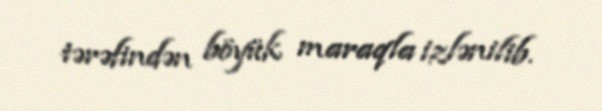
tərəfindən böyük maraqla izlənilib.